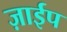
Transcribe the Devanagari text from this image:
ज़ाईप